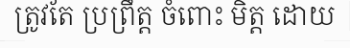
ត្រូវតែ ប្រព្រឹត្ត ចំពោះ មិត្ត ដោយ